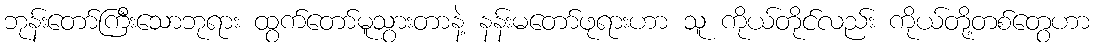
ဘုန်းတော်ကြီးသောဘုရား ထွက်တော်မူသွားတာနဲ့ နန်းမတော်ဖုရားဟာ သူ ကိုယ်တိုင်လည်း ကိုယ်တို့တစ်တွေဟာ